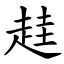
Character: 䞨